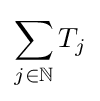
\sum _{j\in \mathbb {N} }T_{j}